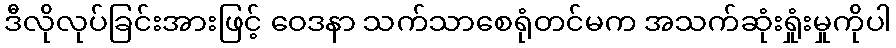
ဒီလိုလုပ်ခြင်းအားဖြင့် ဝေဒနာ သက်သာစေရုံတင်မက အသက်ဆုံးရှုံးမှုကိုပါ